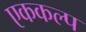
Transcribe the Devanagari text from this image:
एककल्प